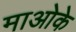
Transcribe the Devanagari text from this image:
माओके